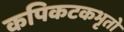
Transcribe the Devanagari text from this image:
कपिकटकभृतो